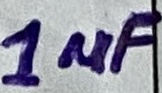
Text: 1µF